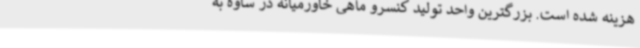
هزینه شده است. بزرگترین واحد تولید کنسرو ماهی خاورمیانه در ساوه به